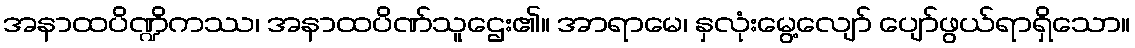
အနာထပိဏ္ဍိကဿ၊ အနာထပိဏ်သူဌေး၏။ အာရာမေ၊ နှလုံးမွေ့လျော် ပျော်ဖွယ်ရာရှိသော။